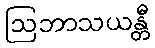
ဩဘာသယန္တီ